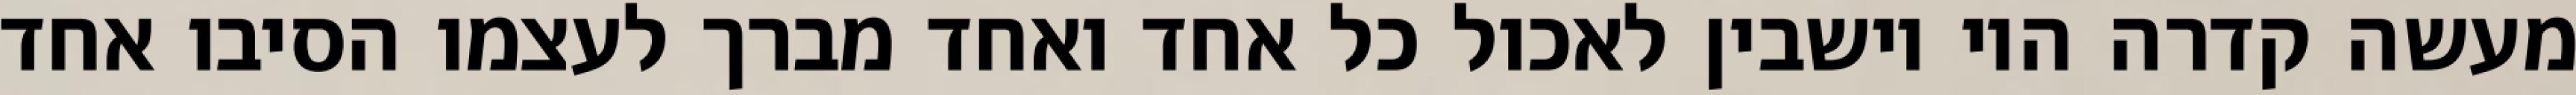
מעשה קדרה היו יושבין לאכול כל אחד ואחד מברך לעצמו הסיבו אחד